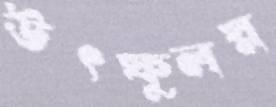
উৎফুলস্ন